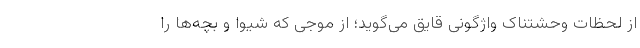
از لحظات وحشتناک واژگونی قایق می‌گوید؛ از موجی که شیوا و بچه‌ها را